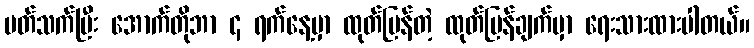
ပတ်သက်ပြီး အောက်တိုဘာ ၄ ရက်နေ့မှာ ထုတ်ပြန်တဲ့ ထုတ်ပြန်ချက်မှာ ရေးသားထားပါတယ်။